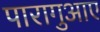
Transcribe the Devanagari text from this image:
पारागुआए